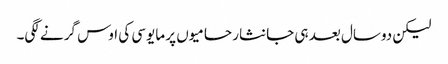
لیکن دوسال بعد ہی جانثار حامیوں پر مایوسی کی اوس گرنے لگی۔